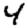
Digit: 4